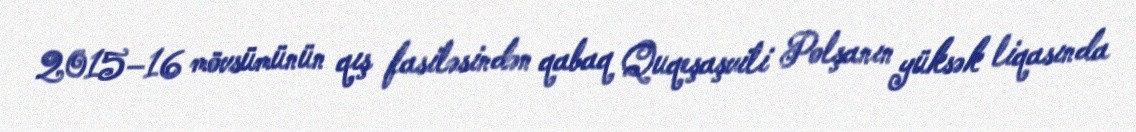
2015–16 mövsümünün qış fasiləsindən qabaq Quqeşaşvili Polşanın yüksək liqasında